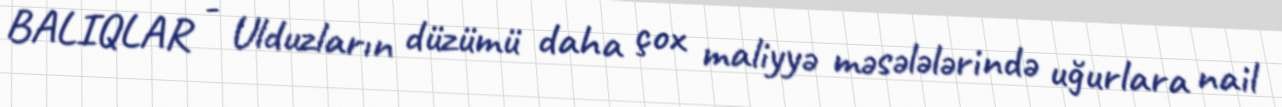
BALIQLAR - Ulduzların düzümü daha çox maliyyə məsələlərində uğurlara nail